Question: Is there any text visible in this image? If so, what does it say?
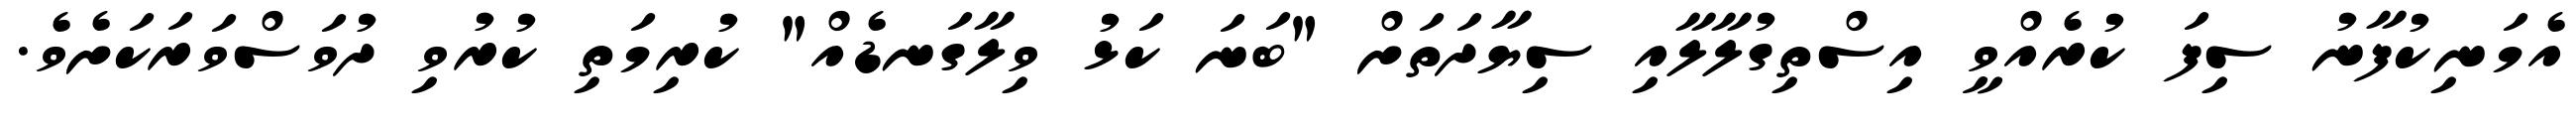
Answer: އެމަނިކުފާނު ސިފަ ކުރެއްވީ އިސްތިގުލާލާއި ސިޔާދަތަށް "ބަނަ ކަޅު ވިލާގަނޑެއް" ކުރިމަތި ކުރުވި ދުވަސްވަރަކަށެވެ.